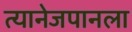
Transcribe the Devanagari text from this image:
त्यानेजपानला